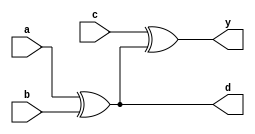
module oddeven(a,b,c,d,y);
input a,b,c;
output y,d;
xor xor1(d,a,b);
xor xor2(y,c,d);
endmodule